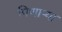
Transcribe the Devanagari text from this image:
पिणाऱ्या